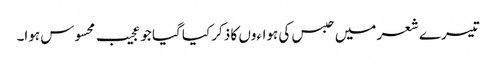
تیسرے شعر میں حبس کی ہواءوں کا ذکر کیا گیا جو عجیب محسوس ہوا۔